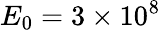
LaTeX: E_{0}=3\times 10^{8}